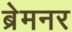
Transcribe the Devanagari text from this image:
ब्रेमनर